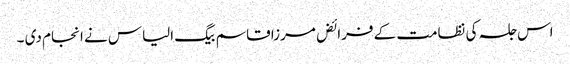
اس جلسہ کی نظامت کے فرائض مرزا قاسم بیگ الیاس نے انجام دی ۔